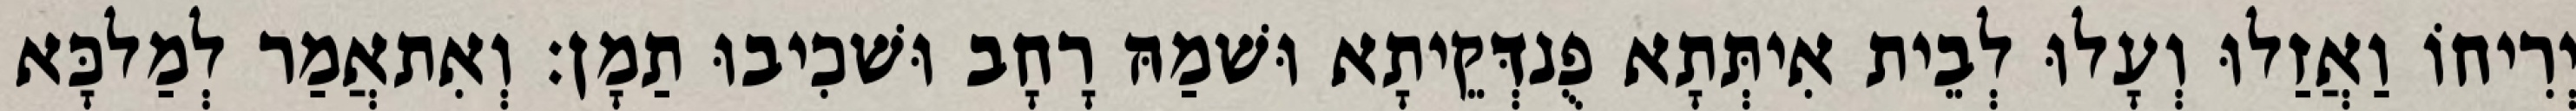
יְרִיחוֹ וַאֲזַלוּ וְעָלוּ לְבֵית אִיתְּתָא פֻנדְּקֵיתָא וּשׁמַהּ רָחָב וּשׁכִיבוּ תַמָן׃ וְאִתאֲמַר לְמַלכָּא